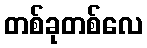
တစ်ခုတစ်လေ